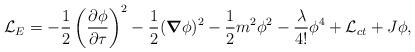
LaTeX: \begin{align*}{\cal L}_{E}=-\frac{1}{2} \left(\frac{\partial \phi}{\partial \tau}\right)^{2} -\frac{1}{2}(\mbox{\boldmath $\nabla$}\phi)^{2} -\frac{1}{2}m^{2}\phi^{2} -\frac{\lambda}{4!}\phi^{4} +{\cal L}_{ct} +J\phi,\end{align*}